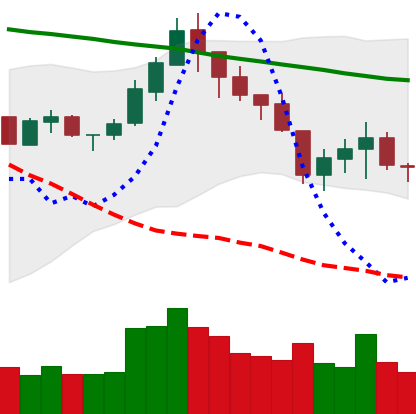
Ticker: LTC-USD
Chart end date: 2018-05-16
Forward return: -3.417%
Label: down_3_5